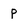
Character: p